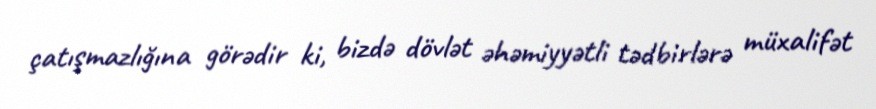
çatışmazlığına görədir ki, bizdə dövlət əhəmiyyətli tədbirlərə müxalifət